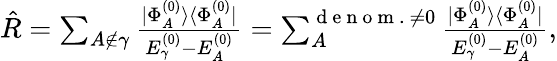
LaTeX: \begin{array}{r}{\hat{R}=\sum_{A\notin\gamma}\frac{|\Phi_{A}^{(0)}\rangle\langle\Phi_{A}^{(0)}|}{E_{\gamma}^{(0)}-E_{A}^{(0)}}=\sum_{A}^{\mathrm{~d~e~n~o~m~.~}\neq 0}\frac{|\Phi_{A}^{(0)}\rangle\langle\Phi_{A}^{(0)}|}{E_{\gamma}^{(0)}-E_{A}^{(0)}},}\end{array}